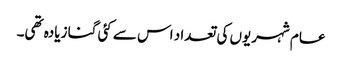
عام شہریوں کی تعداد اس سے کئی گنا زیادہ تھی۔